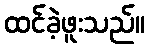
ထင်ခဲ့ဖူးသည်။